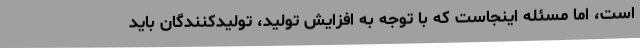
است، اما مسئله اینجاست که با توجه به افزایش تولید، تولیدکنندگان باید